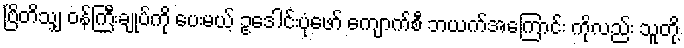
ဗြိတိသျှ ဝန်ကြီးချုပ်ကို ပေးမယ့် ဥဒေါင်းပုံဖော် ကျောက်စီ ဘယက်အကြောင်း ကိုလည်း သူတို့